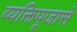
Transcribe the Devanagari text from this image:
व्यक्तिपूजासे